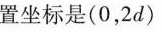
置坐标是(0，2d)